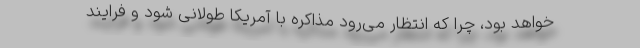
خواهد بود، چرا که انتظار می‌رود مذاکره با آمریکا طولانی شود و فرایند